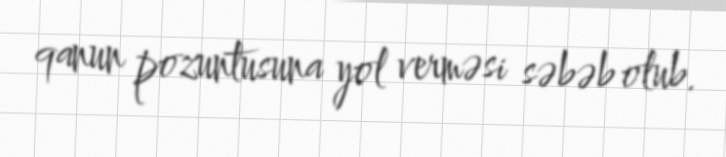
qanun pozuntusuna yol verməsi səbəb olub.